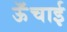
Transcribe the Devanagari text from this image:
ऊॅंचाई